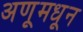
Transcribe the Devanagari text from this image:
अणूमधून